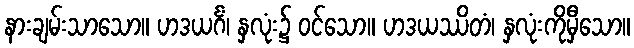
နားချမ်းသာသော။ ဟဒယင်္ဂံ၊ နှလုံး၌ ဝင်သော။ ဟဒယဿိတံ၊ နှလုံးကိုမှီသော။